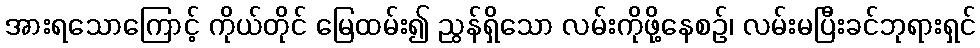
အားရသောကြောင့် ကိုယ်တိုင် မြေထမ်း၍ ညွန်ရှိသော လမ်းကိုဖို့နေစဉ်၊ လမ်းမပြီးခင်ဘုရားရှင်